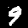
Label: 9